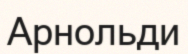
Арнольди